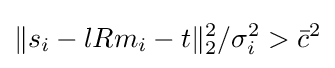
\Vert s_{i}-lRm_{i}-t\Vert _{2}^{2}/\sigma _{i}^{2}>{\bar {c}}^{2}